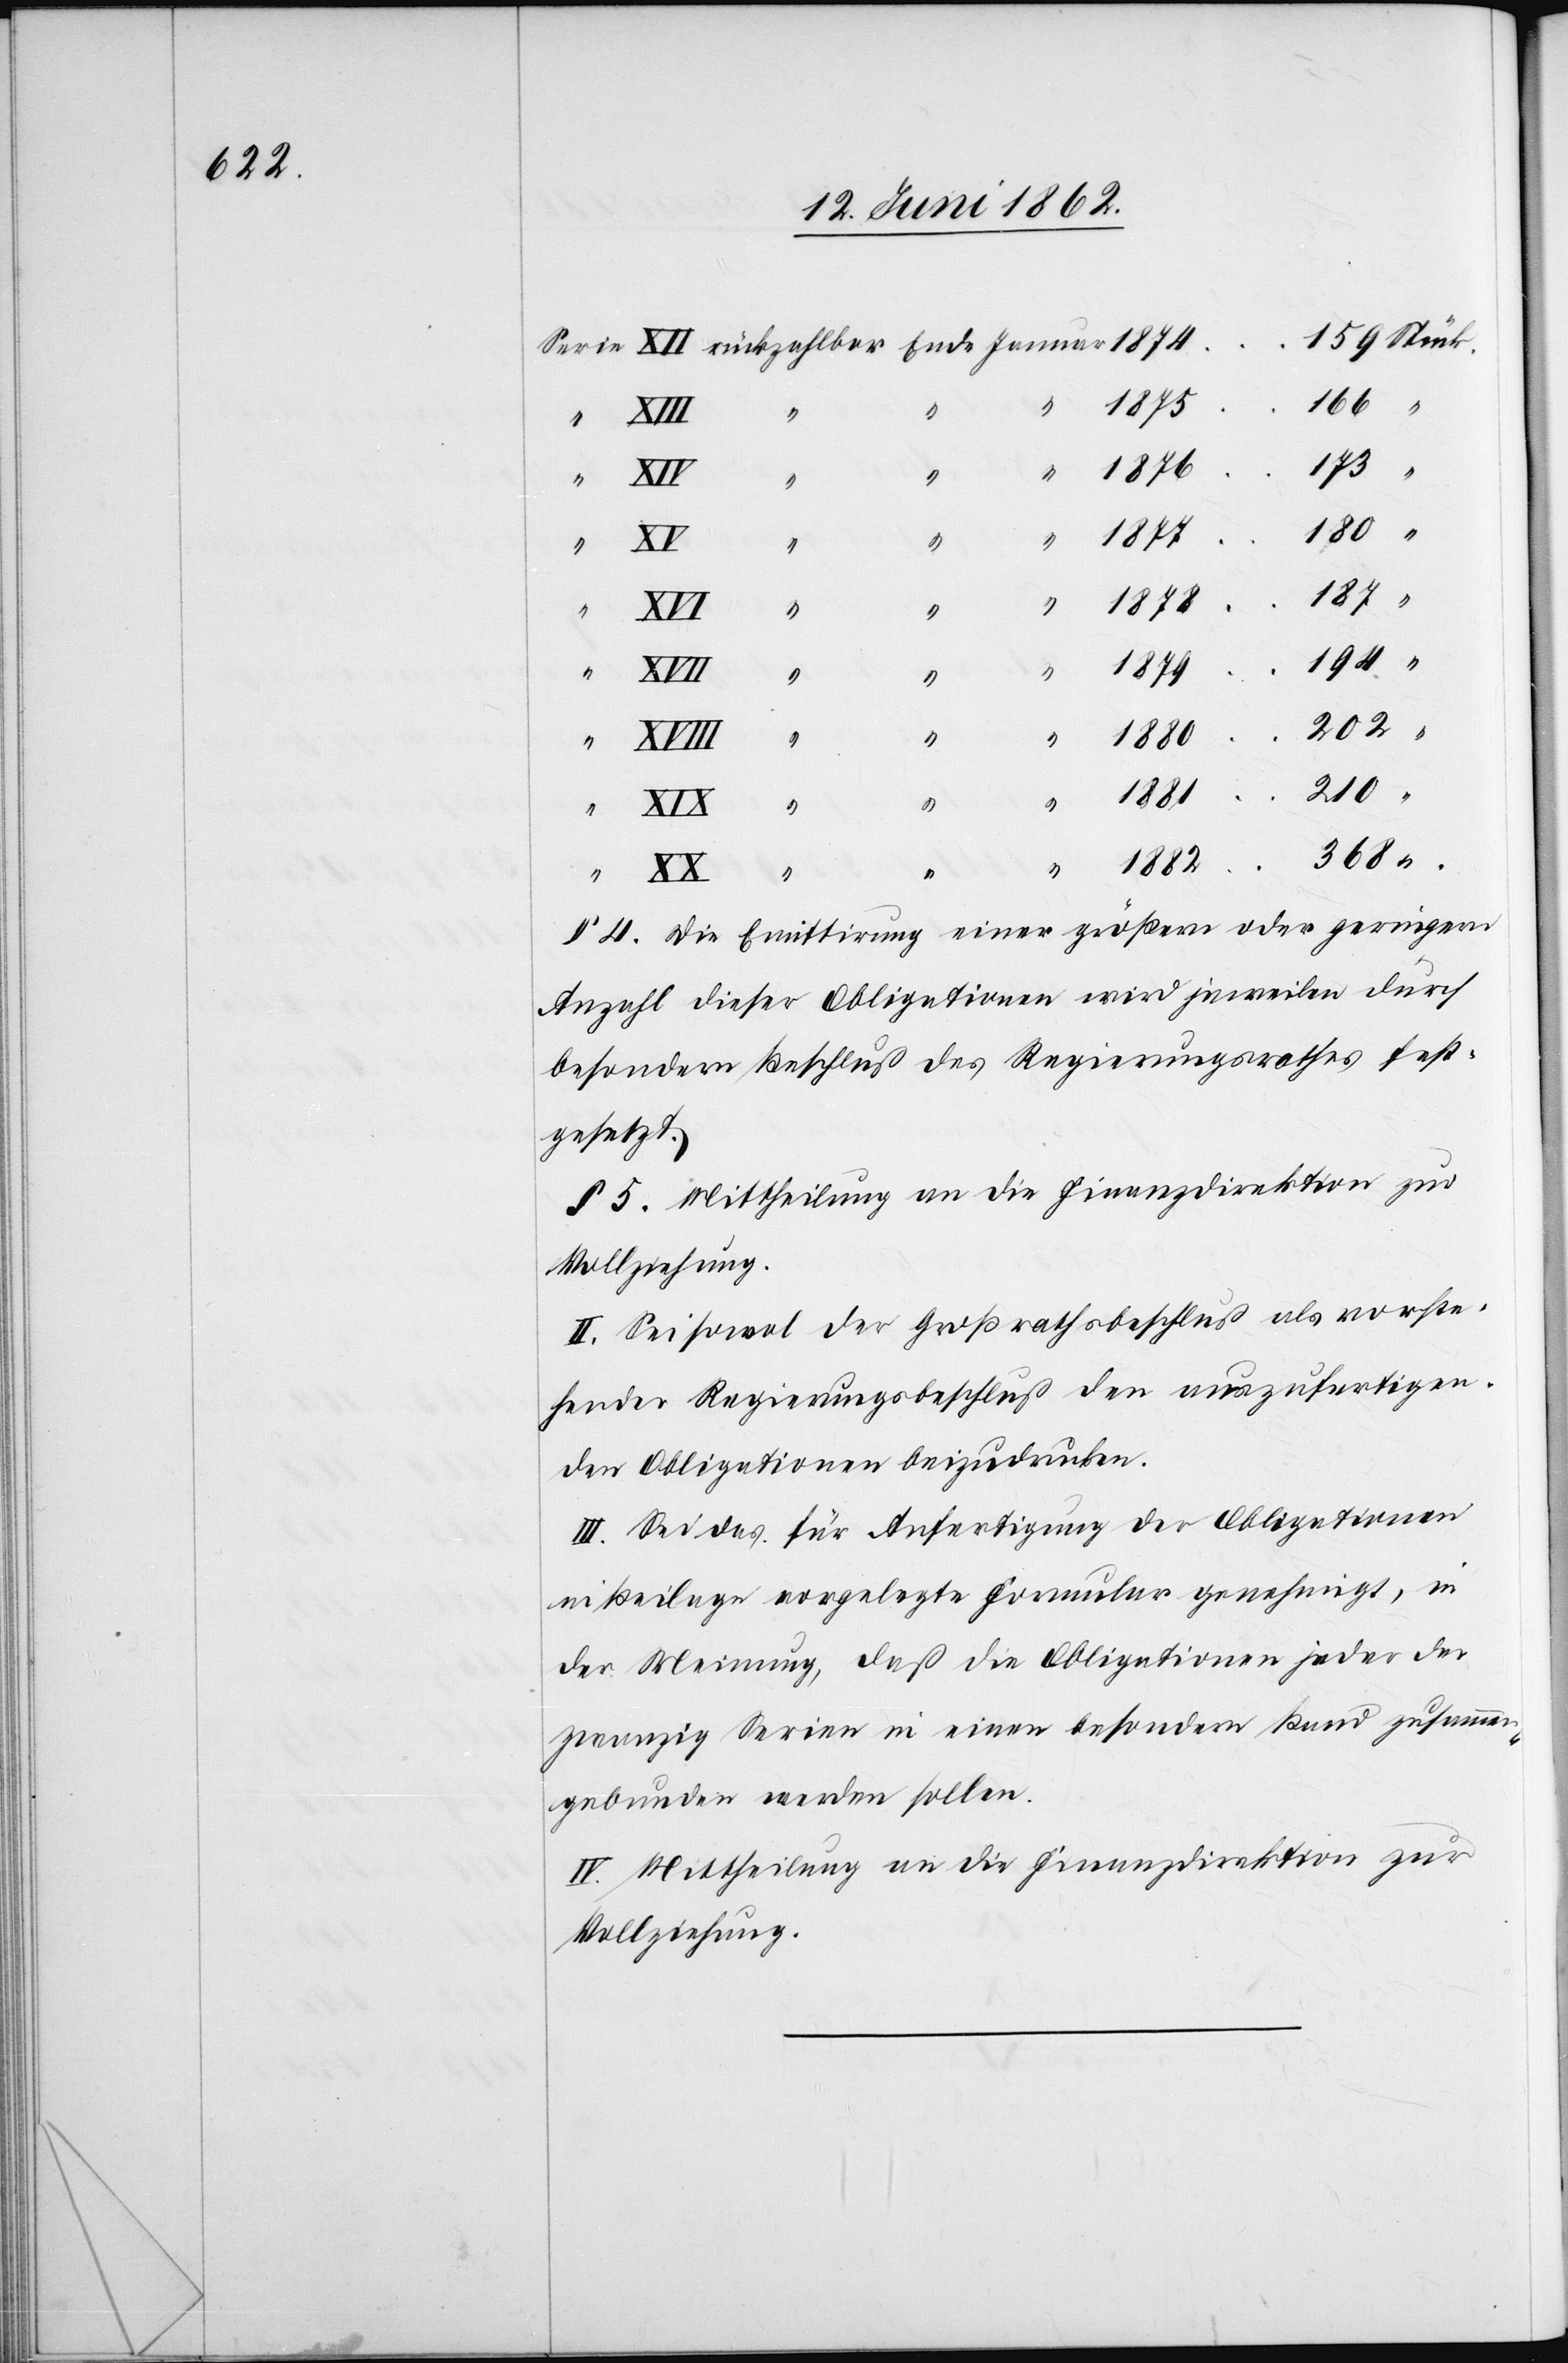
173
1882
“
210
rückzahlbar
XIII
1880
368
§. 4. Die Emittirung einer größern oder geringern
Anzahl dieser Obligationen wird jeweilen durch
besondern Beschluß des Regierungsrathes fest¬
gesetzt.
§. 5. Mittheilung an die Finanzdirektion zur
Vollziehung.
II. Sei sowol der Großrathsbeschluß als vorste¬
hender Regierungsbeschluß den auszufertigen¬
den Obligationen beizudrucken.
III. Sei das für Anfertigung der Obligationen
in Beilage vorgelegte Formular genehmigt, in
der Meinung, daß die Obligationen jeder der
zwanzig Serien in einen besondern Band zusammen¬
gebunden werden sollen.
IV. Mittheilung an die Finanzdirektion zur
Vollziehung.